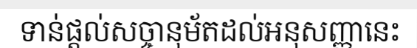
ទាន់ផ្តល់សច្ចានុម័តដល់អនុសញ្ញានេះ